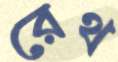
রেথ